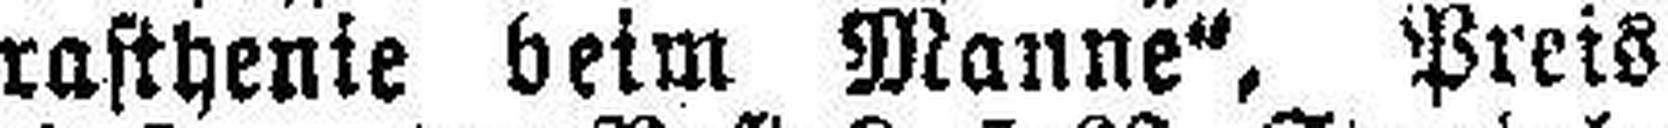
rasthenie beim Manne", Preis